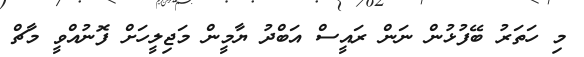
މި ހަތަރު ބޭފުޅުން ނަން ރައީސް އަބްދު ޔާމީން މަޖިލީހަށް ފޮނުއްވީ މާޗް